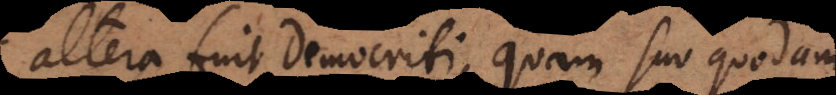
altera fuit Democriti, quam suo quodam